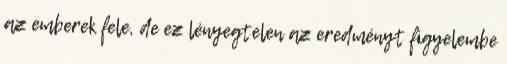
az emberek fele, de ez lényegtelen az eredményt figyelembe